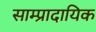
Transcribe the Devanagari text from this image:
साम्प्रादायिक